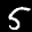
Label: 5